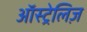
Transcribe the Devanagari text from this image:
ऑस्ट्रेलिज़